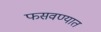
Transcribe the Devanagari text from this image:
फसवण्यात